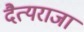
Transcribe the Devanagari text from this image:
दैत्यराजा